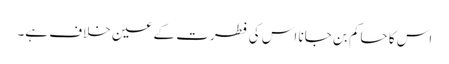
اس کا حاکم بن جانا اس کی فطرت کے عین خلاف ہے۔